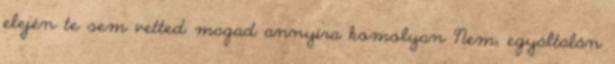
elején te sem vetted magad annyira komolyan Nem, egyáltalán